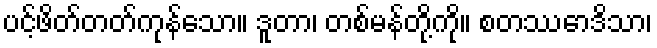
ပင့်ဖိတ်တတ်ကုန်သော။ ဒူတာ၊ တစ်မန်တို့ကို။ စတဿောဒိသာ၊